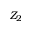
Z _ { 2 }